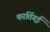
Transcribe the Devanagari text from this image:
कार्तिगई